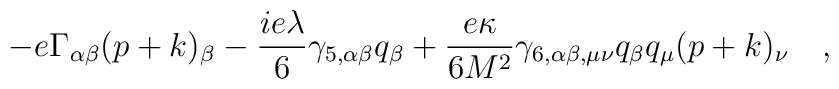
-e\Gamma_{\alpha\beta}(p+k)_{\beta} - {ie\lambda \over6}\gamma_{5,\alpha\beta}q_{\beta}+{e\kappa \over6M^2}\gamma_{6,\alpha\beta,\mu\nu}q_{\beta}q_{\mu}(p+k)_{\nu}\quad,